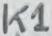
Text: K1